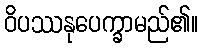
ဝိပဿနုပေက္ခာမည်၏။